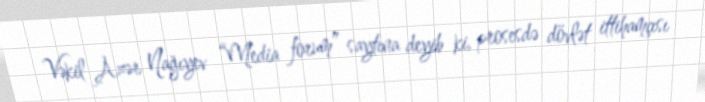
Vəkil Azər Nağıyev “Media forum” saytına deyib ki, prosesdə dövlət ittihamçısı